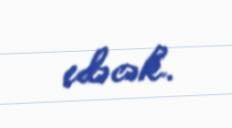
edəcək.